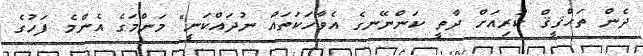
ދެން ތަހްޤީޤް ކުރިއަށް ދާތީ ކަންނޭނގެ އެވާހަކަތައް ނުދައްކަނީ" މަންމަގެ އެންމެ ފަހުގެ